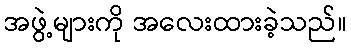
အဖွဲ့များကို အလေးထားခဲ့သည်။